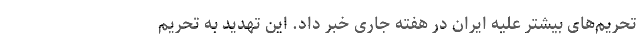
تحریم‌های بیشتر علیه ایران در هفته جاری خبر داد. این تهدید به تحریم